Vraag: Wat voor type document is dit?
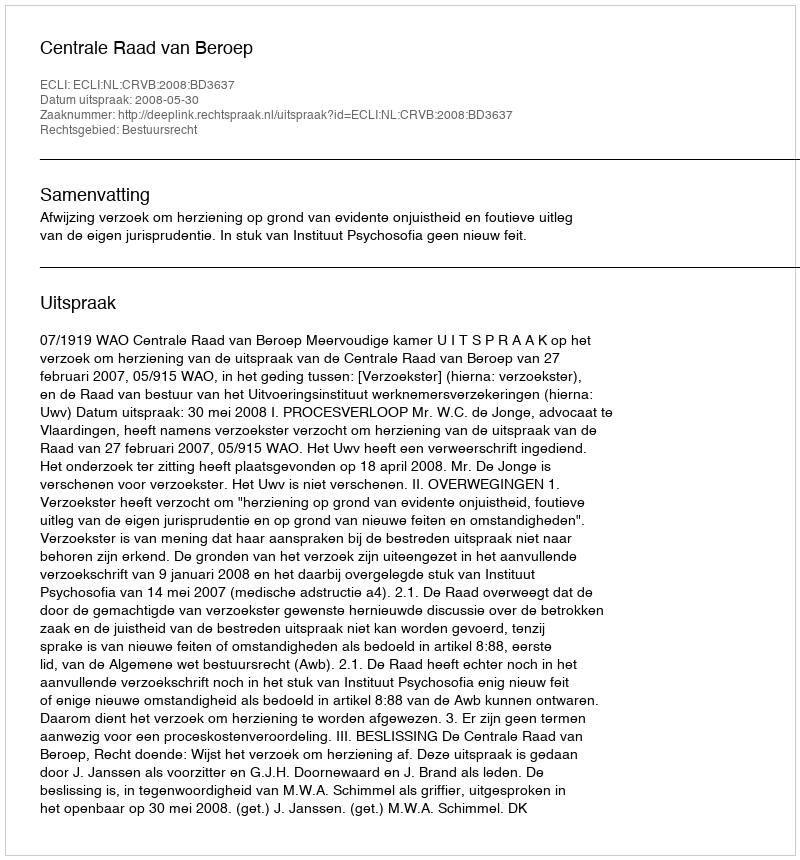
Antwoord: Uitspraak